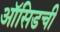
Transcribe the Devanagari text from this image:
ऑसिडची